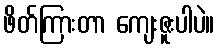
ဖိတ်ကြားတာ ကျေးဇူးပါပဲ။